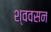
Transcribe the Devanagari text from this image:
श्ववसन